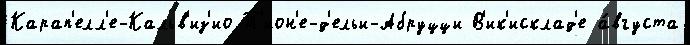
Карап'елл'е-Кальв'из'ио Т'ион'е-д'ельи-Абруцци В'ик'исклад'е а́вгуста